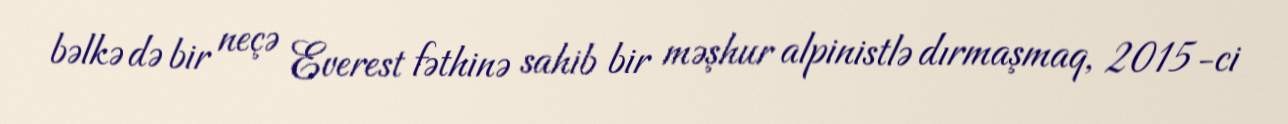
bəlkə də bir neçə Everest fəthinə sahib bir məşhur alpinistlə dırmaşmaq, 2015-ci